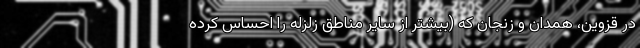
در قزوین، همدان و زنجان که (بیشتر از سایر مناطق زلزله را احساس کرده